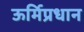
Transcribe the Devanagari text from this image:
ऊर्मिप्रधान